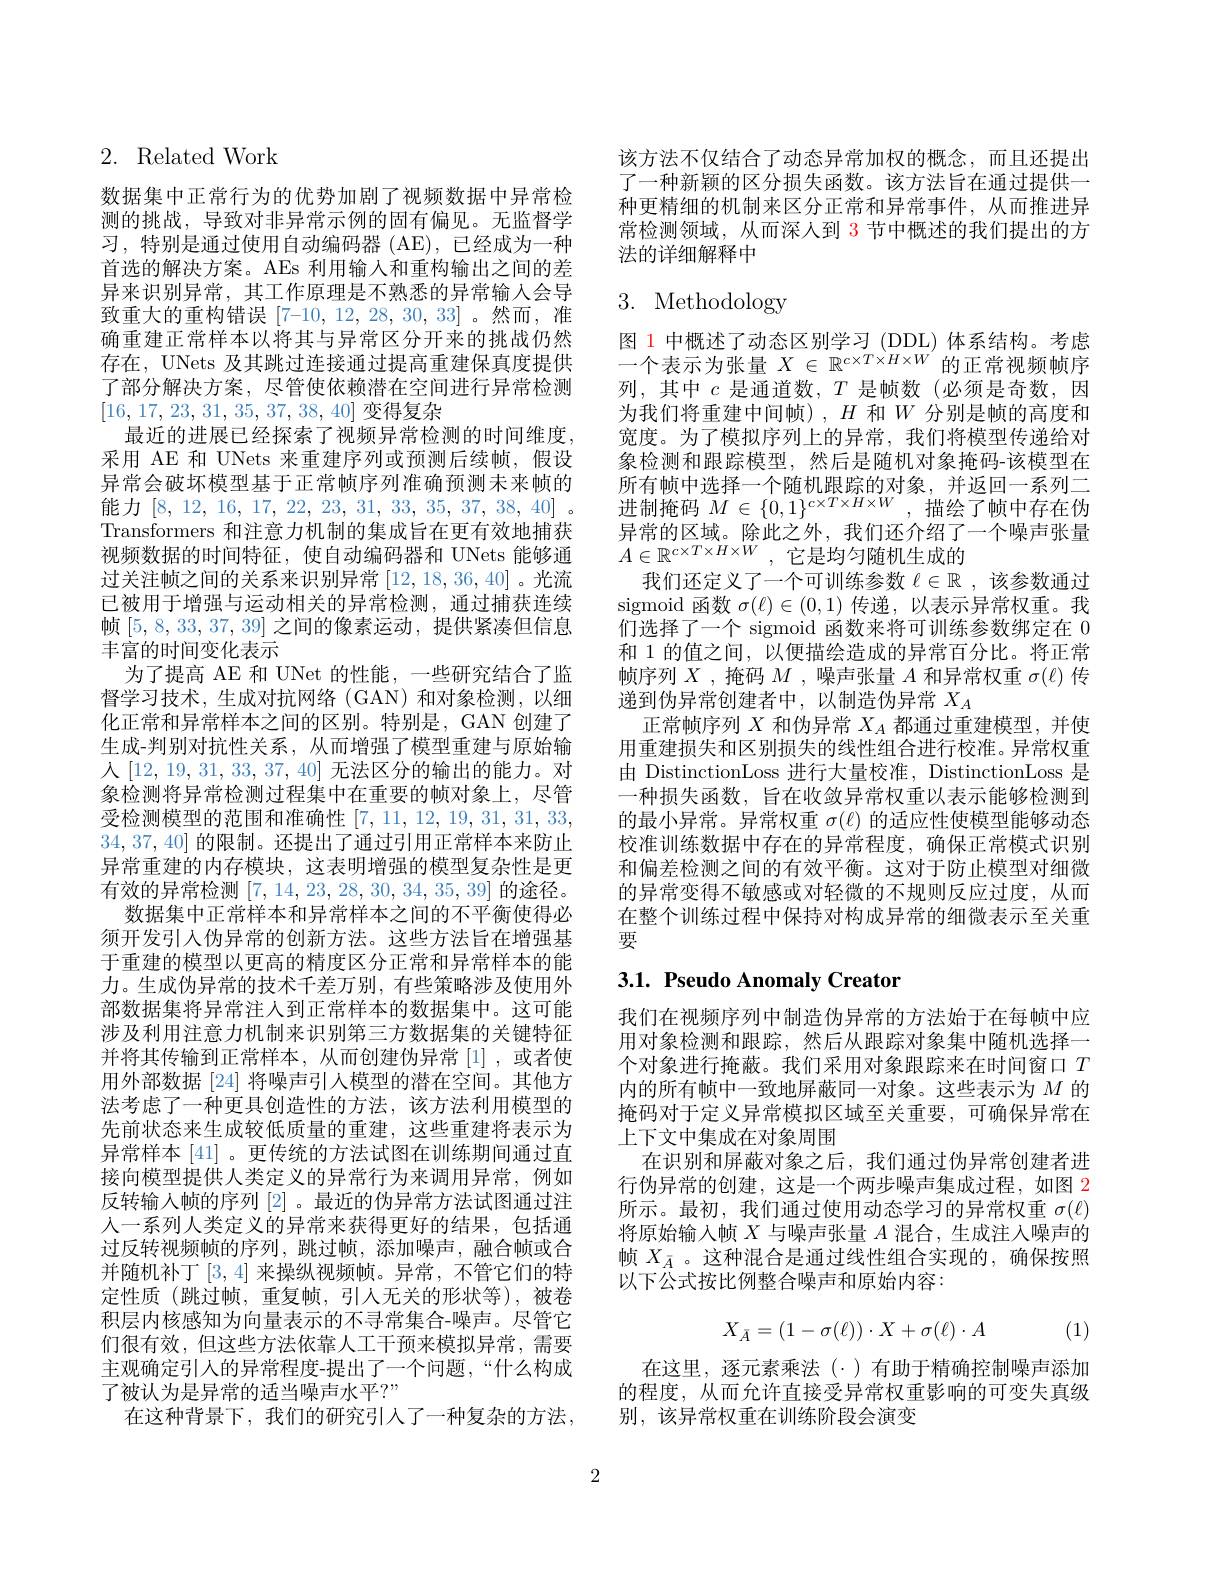
2. Related Work

数据集中正常行为的优势加剧了视频数据中异常检测的挑战，导致对非异常示例的固有偏见。无监督学习，特别是通过使用自动编码器 (AE),已经成为一种首选的解决方案。AEs 利用输入和重构输出之间的差异来识别异常，其工作原理是不熟悉的异常输入会导致重大的重构错误$[7–10,12,28,30,33]$ 。然而，准确重建正常样本以将其与异常区分开来的挑战仍然存在，UNets 及其跳过连接通过提高重建保真度提供了部分解决方案，尽管使依赖潜在空间进行异常检测[16,17,23,31,35,37,38,40]变得复杂
最近的进展已经探索了视频异常检测的时间维度， 采用 AE 和 UNets 来重建序列或预测后续帧，假设异常会破坏模型基于正常帧序列准确预测未来帧的能力[8,12,16,17,22,23,31,33,35,37,38,40]. Transformers 和注意力机制的集成旨在更有效地捕获视频数据的时间特征，使自动编码器和 UNets 能够通过关注帧之间的关系来识别异常[12,18,36,40]。光流已被用于增强与运动相关的异常检测，通过捕获连续帧[5,8,33,37,39]之间的像素运动，提供紧凑但信息丰富的时间变化表示
为了提高 AE 和 UNet 的性能，一些研究结合了监督学习技术，生成对抗网络(GAN)和对象检测，以细化正常和异常样本之间的区别。特别是，GAN 创建了生成-判别对抗性关系，从而增强了模型重建与原始输人[12,19,31,33,37,40] 无法区分的输出的能力。对象检测将异常检测过程集中在重要的帧对象上，尽管受检测模型的范围和准确性[7,11,12,19,31,31,33, 34,37,40]的限制。还提出了通过引用正常样本来防止异常重建的内存模块，这表明增强的模型复杂性是更有效的异常检测|7,14,23,28,30,34,35,39|的途径。
数据集中正常样本和异常样本之间的不平衡使得必须开发引入伪异常的创新方法。这些方法旨在增强基于重建的模型以更高的精度区分正常和异常样本的能力。生成伪异常的技术千差万别，有些策略涉及使用外部数据集将异常注人到正常样本的数据集中。这可能涉及利用注意力机制来识别第三方数据集的关键特征并将其传输到正常样本，从而创建伪异常[1],或者使用外部数据 [24] 将噪声引人模型的潜在空间。其他方法考虑了一种更具创造性的方法，该方法利用模型的先前状态来生成较低质量的重建，这些重建将表示为异常样本 [41] 。更传统的方法试图在训练期间通过直接向模型提供人类定义的异常行为来调用异常，例如反转输入帧的序列[2] 。最近的伪异常方法试图通过注人一系列人类定义的异常来获得更好的结果，包括通过反转视频帧的序列，跳过帧，添加噪声，融合帧或合并随机补丁[3,4]来操纵视频帧。异常，不管它们的特定性质(跳过帧，重复帧，引人无关的形状等),被卷积层内核感知为向量表示的不寻常集合-噪声。尽管它们很有效，但这些方法依靠人工干预来模拟异常，需要主观确定引人的异常程度-提出了一个问题，“什么构成了被认为是异常的适当噪声水平？”
在这种背景下，我们的研究引人了一种复杂的方法，

该方法不仅结合了动态异常加权的概念，而且还提出了一种新颖的区分损失函数。该方法旨在通过提供一种更精细的机制来区分正常和异常事件，从而推进异常检测领域，从而深人到 3 节中概述的我们提出的方法的详细解释中

# 3. Methodology

图 1 中概述了动态区别学习 (DDL) 体系结构。考虑一个表示为张量$X\in\mathbb{R}^{c\times T\times H\times W}$的正常视频帧序列，其中$c$是通道数，$T$是帧数(必须是奇数，因为我们将重建中间帧),$H$ 和$W$ 分别是帧的高度和宽度。为了模拟序列上的异常，我们将模型传递给对象检测和跟踪模型，然后是随机对象掩码-该模型在所有帧中选择一个随机跟踪的对象，并返回一系列二进制掩码$M\in\{0,1\}^{c\times T\times H\times W}$,描绘了帧中存在伪异常的区域。除此之外，我们还介绍了一个噪声张量$\begin{array}{l}{\text{开 中日日上线。}}\\{A\in\mathbb{R}^{c\times T\times H\times W},\text{它是均匀随机生成的}}\end{array}$
我们还定义了一个可训练参数$\ell\in\mathbb{R}$ ,该参数通过sigmoid 函数$\sigma(\ell)\in(0,1)$传递，以表示异常权重。我们选择了一个 sigmoid 函数来将可训练参数绑定在 0和 1 的值之间，以便描绘造成的异常百分比。将正常帧序列$X$ ,掩码$M$ , 噪声张量$A$和异常权重$\sigma(\ell)$传递到伪异常创建者中，以制造伪异常$X_A$
正常帧序列$X$和伪异常$X_A$都通过重建模型，并使用重建损失和区别损失的线性组合进行校准。异常权重由 DistinctionLoss 进行大量校准，DistinctionLoss 是一种损失函数，旨在收敛异常权重以表示能够检测到的最小异常。异常权重$\sigma(\ell)$的适应性使模型能够动态校准训练数据中存在的异常程度，确保正常模式识别和偏差检测之间的有效平衡。这对于防止模型对细微的异常变得不敏感或对轻微的不规则反应过度，从而在整个训练过程中保持对构成异常的细微表示至关重要

# 3.1. Pseudo Anomaly Creator

我们在视频序列中制造伪异常的方法始于在每帧中应用对象检测和跟踪，然后从跟踪对象集中随机选择一个对象进行掩蔽。我们采用对象跟踪来在时间窗口$T$ 内的所有帧中一致地屏蔽同一对象。这些表示为$M$的掩码对于定义异常模拟区域至关重要，可确保异常在上下文中集成在对象周围
在识别和屏蔽对象之后，我们通过伪异常创建者进行伪异常的创建，这是一个两步噪声集成过程，如图 2所示。最初，我们通过使用动态学习的异常权重$\sigma(\ell)$ 将原始输入帧$X$与噪声张量$A$混合，生成注人噪声的帧$X_{\bar{A}}$ 。这种混合是通过线性组合实现的，确保按照以下公式按比例整合噪声和原始内容：
$$X_{\bar{A}}=(1-\sigma(\ell))\cdot X+\sigma(\ell)\cdot A$$
(1)

在这里，逐元素乘法($\cdot)有助于精确控制噪声添加$ 的程度，从而允许直接受异常权重影响的可变失真级别，该异常权重在训练阶段会演变

2